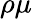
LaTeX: \rho\mu